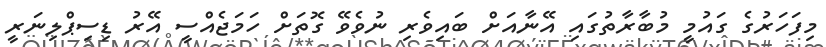
މިފަހަރުގެ ގައުމީ މުބާރާތުގައި އޭނާއަށް ބައިވެރި ނުވެވޭ ގޮތަށް ހަމަޖެއްސީ އޭރު ޑިސިޕްލިނަރީ